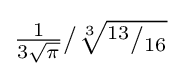
{\tfrac {1}{3{\sqrt {\pi }}}}/{\sqrt[{3}]{^{13}/_{16}}}